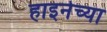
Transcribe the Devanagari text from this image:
हाइनेच्या